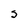
Character: s